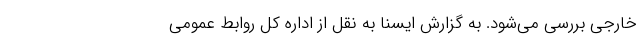
خارجی بررسی می‌شود. به گزارش ایسنا به نقل از اداره کل روابط عمومی